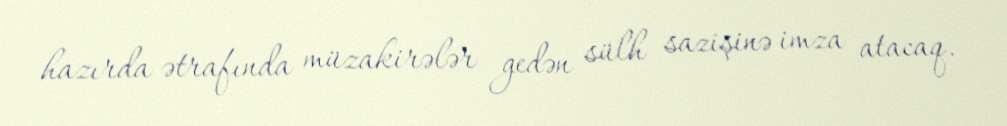
hazırda ətrafında müzakirələr gedən sülh sazişinə imza atacaq.